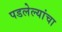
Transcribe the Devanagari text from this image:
पडलेल्यांचा